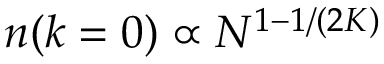
n ( k = 0 ) \propto N ^ { 1 - 1 / ( 2 K ) }